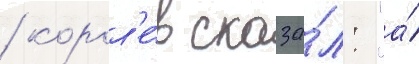
/ корол'е́в сказа́л: "а́